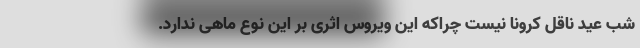
شب عید ناقل کرونا نیست چراکه این ویروس اثری بر این نوع ماهی ندارد.